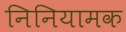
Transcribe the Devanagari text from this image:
निनियामक